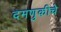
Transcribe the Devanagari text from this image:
दमणुकीचे